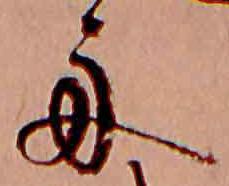
舟